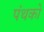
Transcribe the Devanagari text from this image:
पंथको